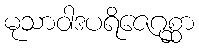
မုသာဝါဒပရိဇေဂုစ္ဆာ